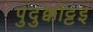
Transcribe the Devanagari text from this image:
पुदुक्कोट्टइ